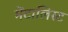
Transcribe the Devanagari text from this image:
मेंटालिस्ट